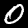
Label: 0